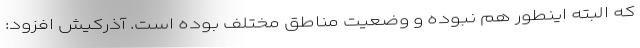
که البته اینطور هم نبوده و وضعیت مناطق مختلف بوده است. آذرکیش افزود: